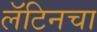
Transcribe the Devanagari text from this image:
लॅटिनचा